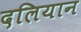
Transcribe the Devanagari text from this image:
दलियान